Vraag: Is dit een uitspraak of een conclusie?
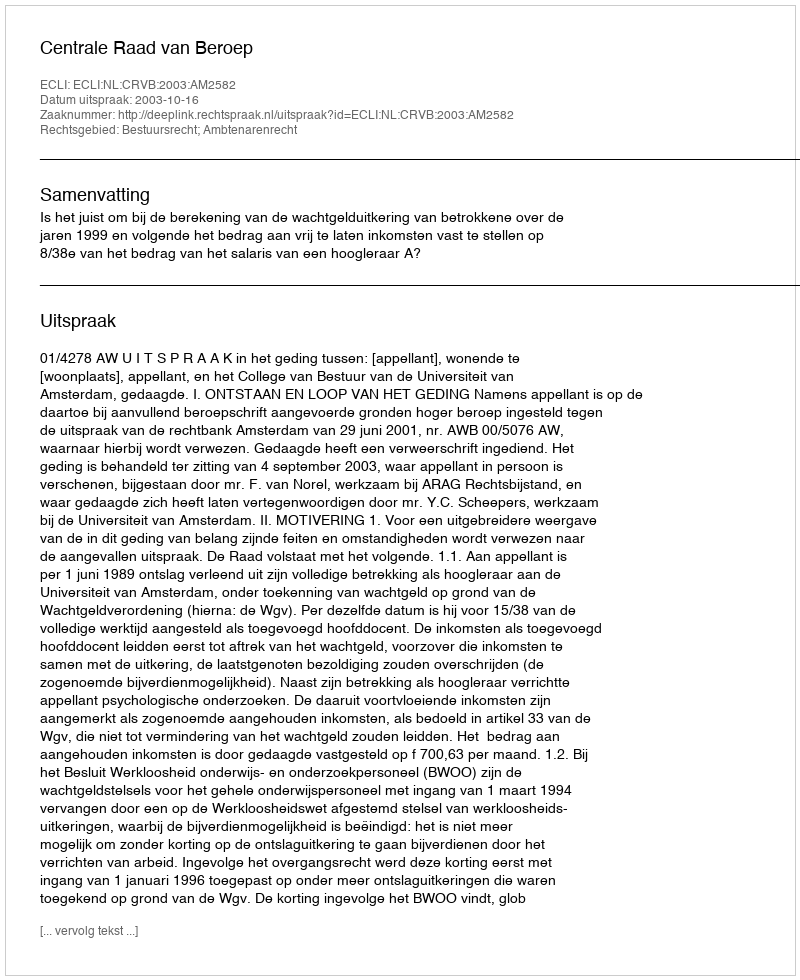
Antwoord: Uitspraak